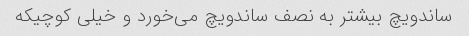
ساندویچ بیشتر به نصف ساندویچ می‌خورد و خیلی کوچیکه